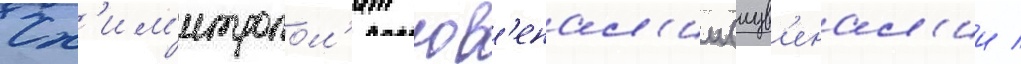
Сх'им'итропол'ит юв'енал'ии (иув'енал'ии /